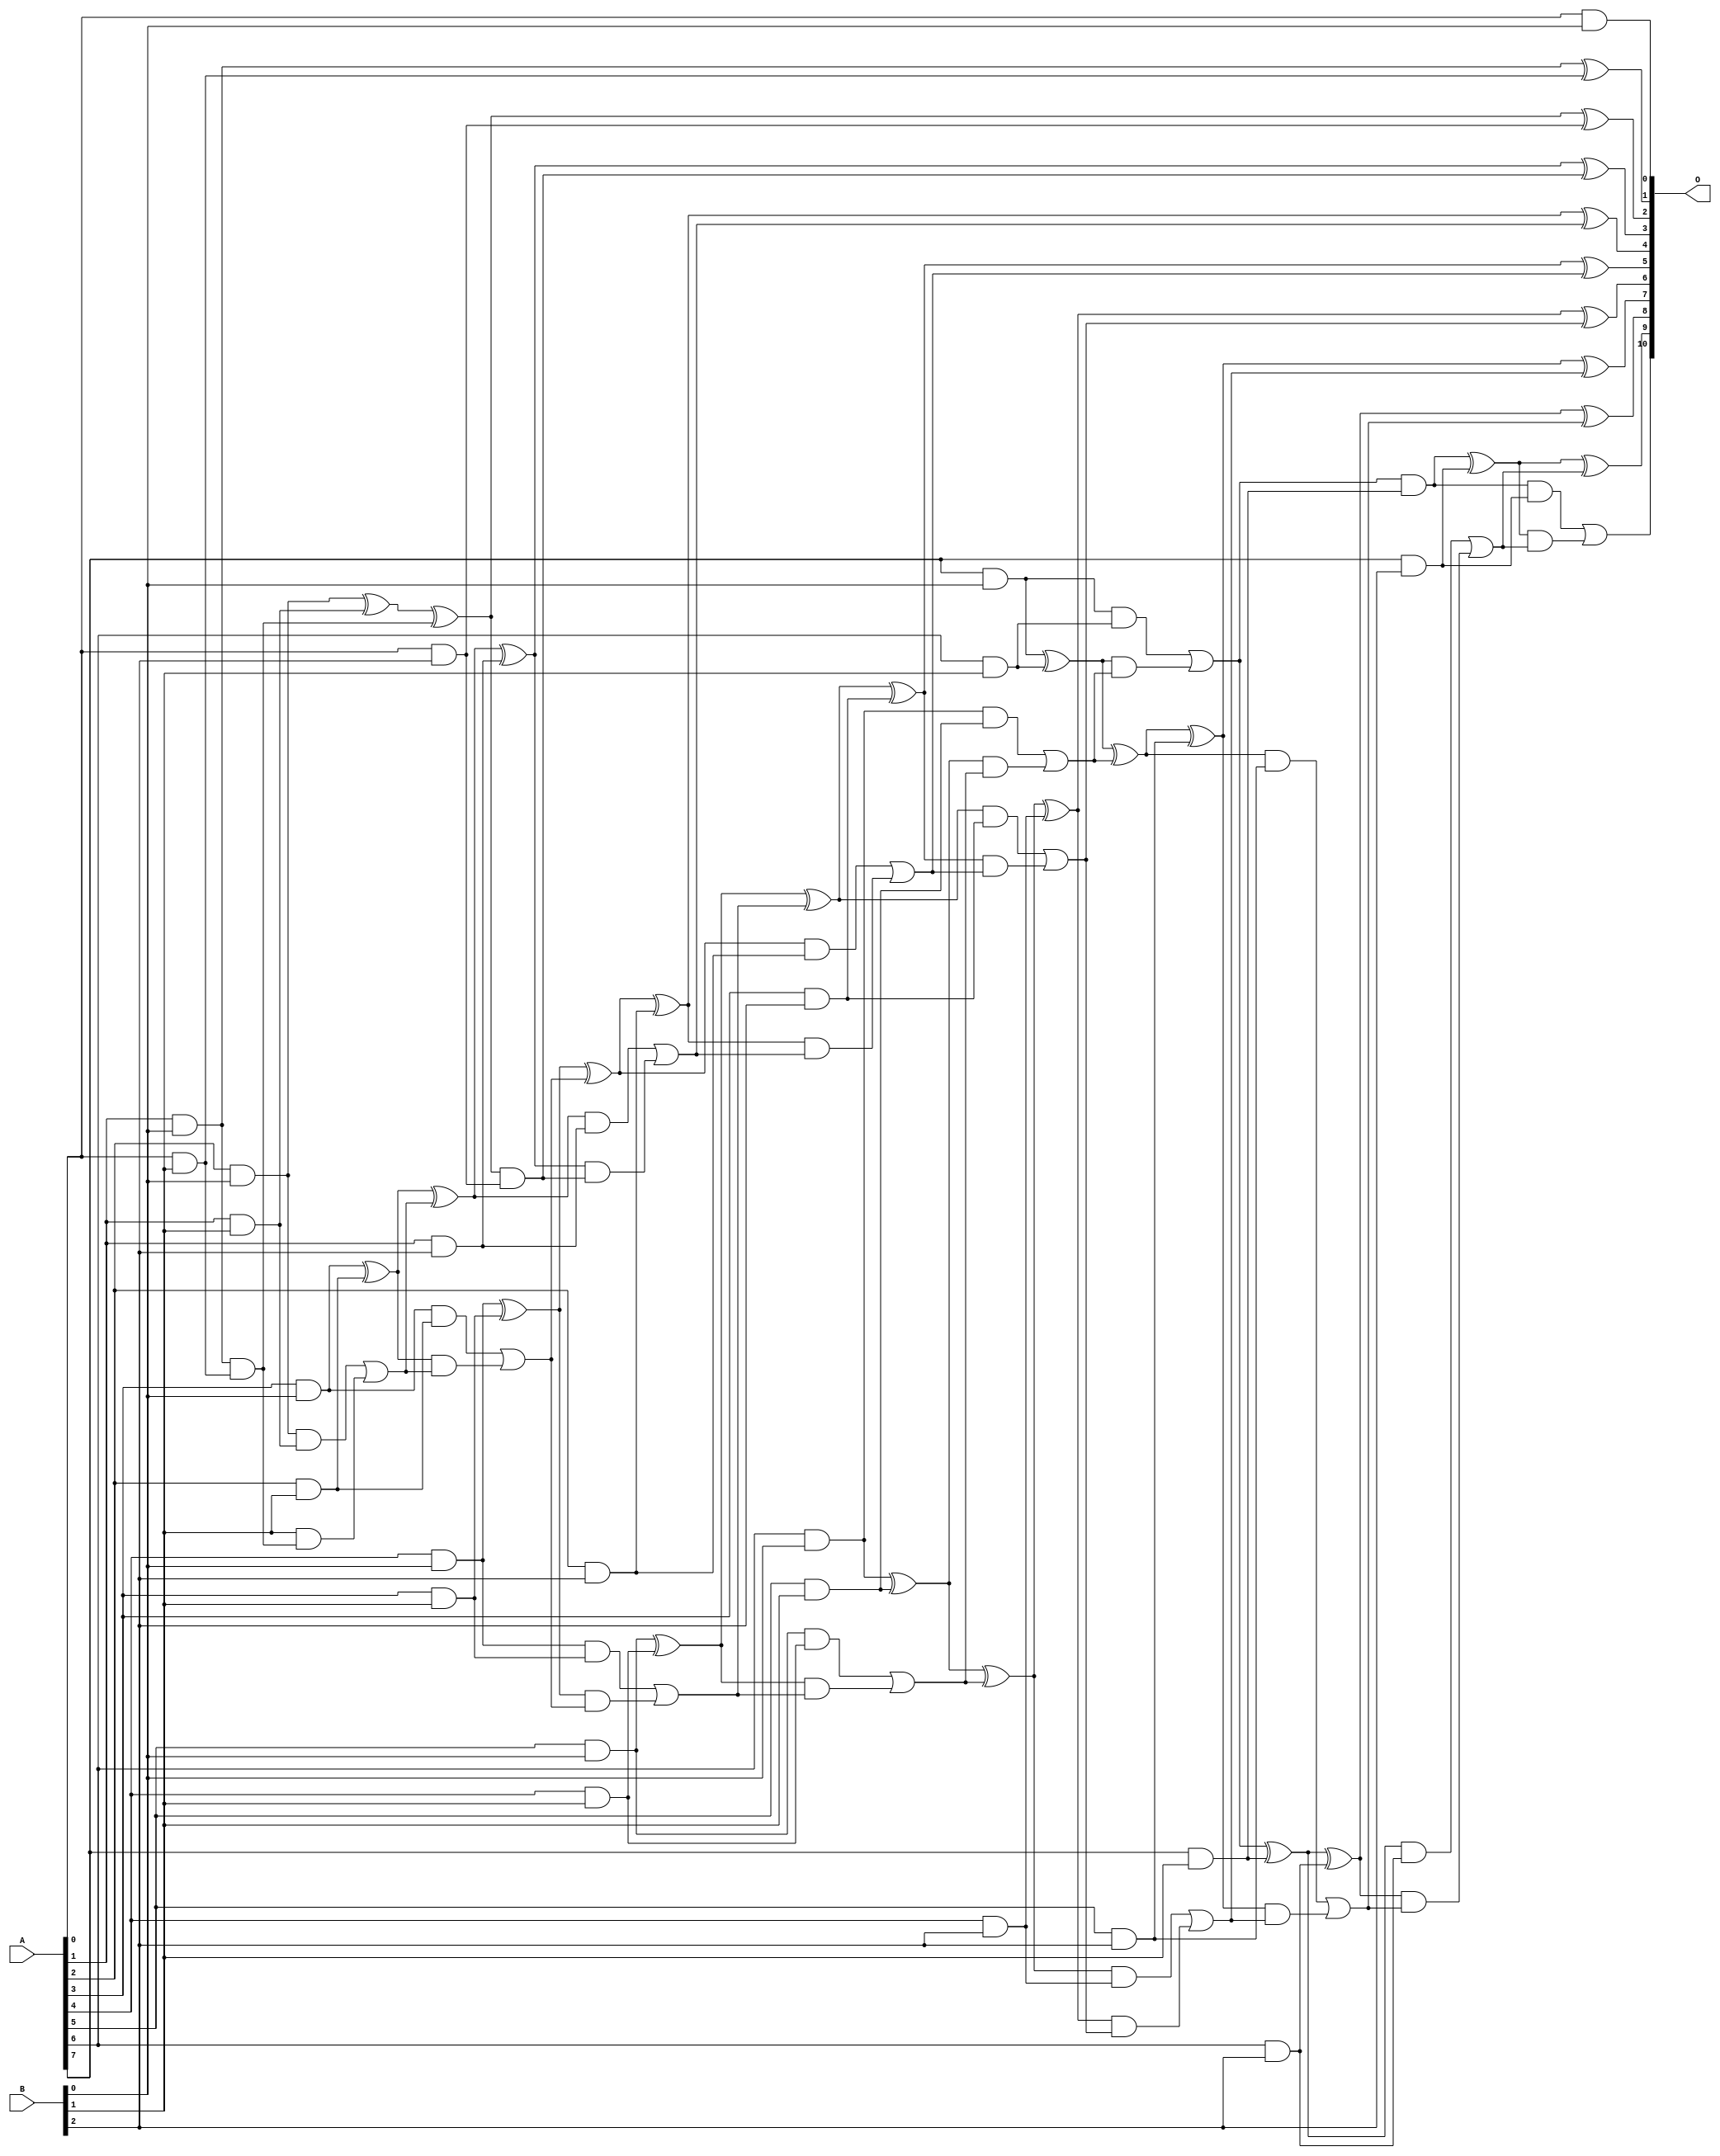
/***
* This code is a part of EvoApproxLib library (ehw.fit.vutbr.cz/approxlib) distributed under The MIT License.
* When used, please cite the following article(s): V. Mrazek, L. Sekanina, Z. Vasicek "Libraries of Approximate Circuits: Automated Design and Application in CNN Accelerators" IEEE Journal on Emerging and Selected Topics in Circuits and Systems, Vol 10, No 4, 2020 
* This file contains a circuit from a sub-set of pareto optimal circuits with respect to the pwr and ep parameters
***/
// MAE% = 0.00 %
// MAE = 0 
// WCE% = 0.00 %
// WCE = 0 
// WCRE% = 0.00 %
// EP% = 0.00 %
// MRE% = 0.00 %
// MSE = 0 
// PDK45_PWR = 0.082 mW
// PDK45_AREA = 247.3 um2
// PDK45_DELAY = 0.92 ns

module mul8x3u_0KE (
    A,
    B,
    O
);

input [7:0] A;
input [2:0] B;
output [10:0] O;

wire sig_11,sig_12,sig_13,sig_14,sig_15,sig_16,sig_17,sig_18,sig_19,sig_20,sig_21,sig_22,sig_23,sig_24,sig_25,sig_26,sig_27,sig_28,sig_29,sig_30;
wire sig_31,sig_32,sig_33,sig_34,sig_35,sig_36,sig_37,sig_38,sig_39,sig_40,sig_41,sig_42,sig_43,sig_44,sig_45,sig_46,sig_47,sig_48,sig_49,sig_50;
wire sig_51,sig_52,sig_53,sig_54,sig_55,sig_56,sig_57,sig_58,sig_59,sig_60,sig_61,sig_62,sig_63,sig_64,sig_65,sig_66,sig_67,sig_68,sig_69,sig_70;
wire sig_71,sig_72,sig_73,sig_74,sig_75,sig_76,sig_77,sig_78,sig_79,sig_80,sig_81,sig_82,sig_83,sig_84,sig_85,sig_86,sig_87,sig_88,sig_89,sig_90;
wire sig_91,sig_92,sig_93,sig_94,sig_95,sig_96,sig_97,sig_98,sig_99,sig_100,sig_101,sig_102,sig_103,sig_104,sig_105;

assign sig_11 = A[0] & B[0];
assign sig_12 = A[1] & B[0];
assign sig_13 = A[2] & B[0];
assign sig_14 = A[3] & B[0];
assign sig_15 = A[4] & B[0];
assign sig_16 = A[5] & B[0];
assign sig_17 = A[6] & B[0];
assign sig_18 = A[7] & B[0];
assign sig_19 = A[0] & B[1];
assign sig_20 = A[1] & B[1];
assign sig_21 = A[2] & B[1];
assign sig_22 = A[3] & B[1];
assign sig_23 = A[4] & B[1];
assign sig_24 = A[5] & B[1];
assign sig_25 = A[6] & B[1];
assign sig_26 = A[7] & B[1];
assign sig_27 = sig_12 & sig_19;
assign sig_28 = sig_12 ^ sig_19;
assign sig_29 = sig_13 ^ sig_20;
assign sig_30 = sig_13 & sig_20;
assign sig_31 = B[1] & sig_27;
assign sig_32 = sig_29 ^ sig_27;
assign sig_33 = sig_30 | sig_31;
assign sig_34 = sig_14 ^ sig_21;
assign sig_35 = sig_14 & sig_21;
assign sig_36 = sig_34 & sig_33;
assign sig_37 = sig_34 ^ sig_33;
assign sig_38 = sig_35 | sig_36;
assign sig_39 = sig_15 ^ sig_22;
assign sig_40 = sig_15 & sig_22;
assign sig_41 = sig_39 & sig_38;
assign sig_42 = sig_39 ^ sig_38;
assign sig_43 = sig_40 | sig_41;
assign sig_44 = sig_16 ^ sig_23;
assign sig_45 = sig_16 & sig_23;
assign sig_46 = sig_44 & sig_43;
assign sig_47 = sig_44 ^ sig_43;
assign sig_48 = sig_45 | sig_46;
assign sig_49 = sig_17 ^ sig_24;
assign sig_50 = sig_17 & sig_24;
assign sig_51 = sig_49 & sig_48;
assign sig_52 = sig_49 ^ sig_48;
assign sig_53 = sig_50 | sig_51;
assign sig_54 = sig_18 ^ sig_25;
assign sig_55 = sig_18 & sig_25;
assign sig_56 = sig_54 & sig_53;
assign sig_57 = sig_54 ^ sig_53;
assign sig_58 = sig_55 | sig_56;
assign sig_59 = sig_58 & sig_26;
assign sig_60 = sig_58 ^ sig_26;
assign sig_61 = A[0] & B[2];
assign sig_62 = A[1] & B[2];
assign sig_63 = A[2] & B[2];
assign sig_64 = A[3] & B[2];
assign sig_65 = A[4] & B[2];
assign sig_66 = A[5] & B[2];
assign sig_67 = A[6] & B[2];
assign sig_68 = A[7] & B[2];
assign sig_69 = sig_32 & sig_61;
assign sig_70 = sig_32 ^ sig_61;
assign sig_71 = sig_37 ^ sig_62;
assign sig_72 = sig_37 & sig_62;
assign sig_73 = sig_71 & sig_69;
assign sig_74 = sig_71 ^ sig_69;
assign sig_75 = sig_72 | sig_73;
assign sig_76 = sig_42 ^ sig_63;
assign sig_77 = sig_42 & sig_63;
assign sig_78 = sig_76 & sig_75;
assign sig_79 = sig_76 ^ sig_75;
assign sig_80 = sig_77 | sig_78;
assign sig_81 = sig_47 ^ sig_64;
assign sig_82 = sig_47 & sig_64;
assign sig_83 = sig_81 & sig_80;
assign sig_84 = sig_81 ^ sig_80;
assign sig_85 = sig_82 | sig_83;
assign sig_86 = sig_52 ^ sig_65;
assign sig_87 = sig_52 & sig_65;
assign sig_88 = sig_86 & sig_85;
assign sig_89 = sig_86 ^ sig_85;
assign sig_90 = sig_87 | sig_88;
assign sig_91 = sig_57 ^ sig_66;
assign sig_92 = sig_57 & sig_66;
assign sig_93 = sig_91 & sig_90;
assign sig_94 = sig_91 ^ sig_90;
assign sig_95 = sig_92 | sig_93;
assign sig_96 = sig_60 ^ sig_67;
assign sig_97 = sig_60 & sig_67;
assign sig_98 = sig_96 & sig_95;
assign sig_99 = sig_96 ^ sig_95;
assign sig_100 = sig_97 | sig_98;
assign sig_101 = sig_59 ^ sig_68;
assign sig_102 = sig_59 & sig_68;
assign sig_103 = sig_101 & sig_100;
assign sig_104 = sig_101 ^ sig_100;
assign sig_105 = sig_102 | sig_103;

assign O[10] = sig_105;
assign O[9] = sig_104;
assign O[8] = sig_99;
assign O[7] = sig_94;
assign O[6] = sig_89;
assign O[5] = sig_84;
assign O[4] = sig_79;
assign O[3] = sig_74;
assign O[2] = sig_70;
assign O[1] = sig_28;
assign O[0] = sig_11;

endmodule